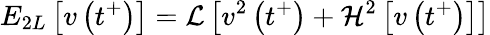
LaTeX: E_{2L}\left[v\left(t^{+}\right)\right]=\mathcal{L}\left[v^{2}\left(t^{+}\right)+\mathcal{H}^{2}\left[v\left(t^{+}\right)\right]\right]